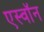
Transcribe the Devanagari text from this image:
एस्वॉन